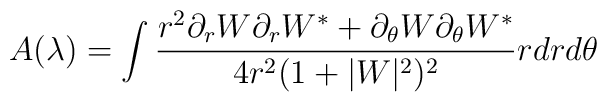
A(\lambda)=\int\frac{r^{2}\partial_{r}W\partial_{r}W^{*}+\partial_{\theta}W\partial_{\theta}W^{*}}{4r^{2}(1+|W|^{2})^{2}}rdrd\theta